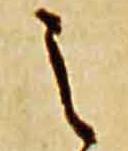
之